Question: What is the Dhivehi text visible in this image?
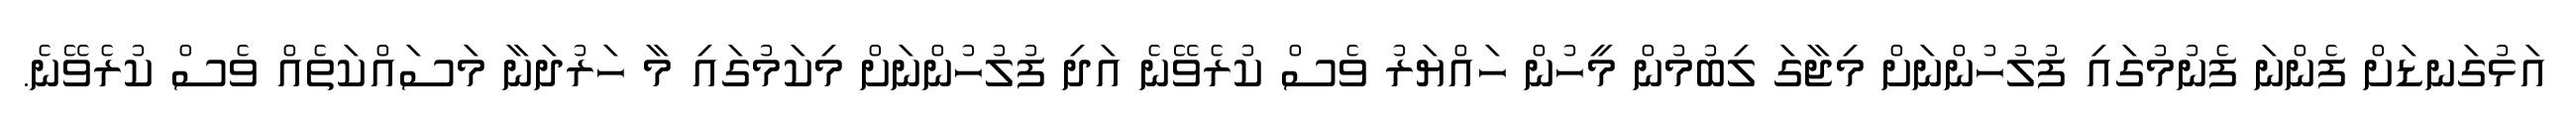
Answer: އަޅުގަނޑަށް ފެންނަ ފެނުމުގައި ފުލުހުންނަށް މިޖާގަ ލިބުމުން މީހުން ހައްޔަރު ވެސް ކުރެވޭނެ އަދި ފުލުހުންނަށް މިކަމުގައި މާ ހަރުދަނާ މަސައްކަތެއް ވެސް ކުރެވޭނެ.